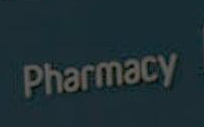
Pharmacy